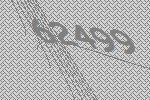
62499